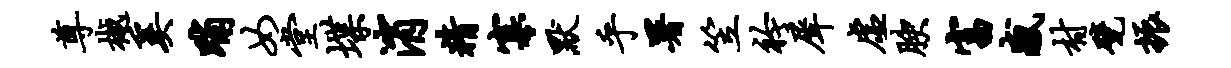
尊樾奚晡女堂堞消精寡默乎署笠衿犀虚腴富感村甓振